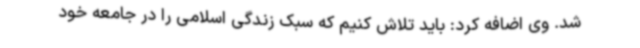
شد. وی اضافه کرد: باید تلاش کنیم که سبک زندگی اسلامی را در جامعه خود